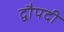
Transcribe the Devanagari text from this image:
द्वौपदी